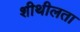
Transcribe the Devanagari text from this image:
शीथीलता